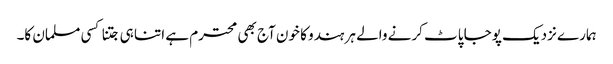
ہمارے نزدیک پوجا پاٹ کرنے والے ہر ہندو کا خون آج بھی محترم ہے اتنا ہی جتنا کسی مسلمان کا۔